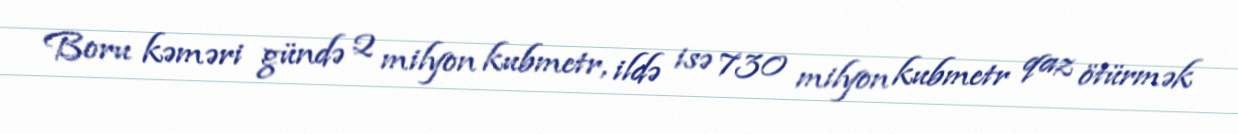
Boru kəməri gündə 2 milyon kubmetr, ildə isə 730 milyon kubmetr qaz ötürmək